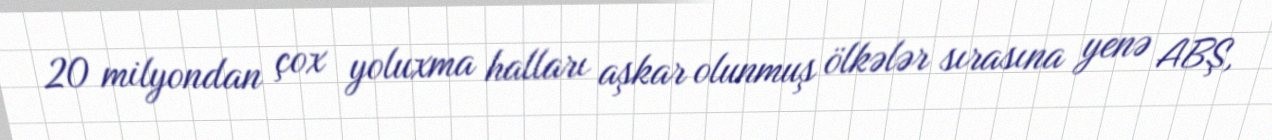
20 milyondan çox yoluxma halları aşkar olunmuş ölkələr sırasına yenə ABŞ,